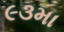
૯૩મા